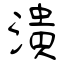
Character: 潰